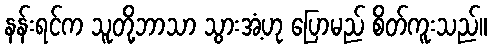
နန်းရင်က သူတို့ဘာသာ သွားအံ့ဟု ပြောမည် စိတ်ကူးသည်။